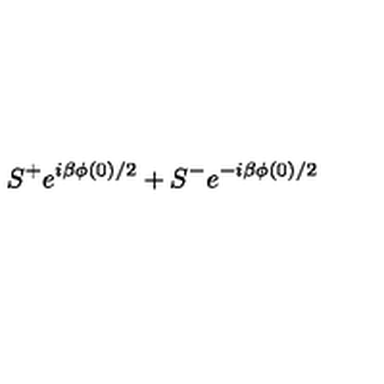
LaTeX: S ^ { + } e ^ { i \beta \phi ( 0 ) / 2 } + S ^ { - } e ^ { - i \beta \phi ( 0 ) / 2 }